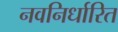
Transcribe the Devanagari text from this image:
नवनिर्धारित